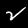
Digit: 2